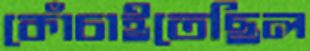
কোঁচাইতেছিল